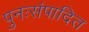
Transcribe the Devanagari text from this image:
पुनःसंपादित